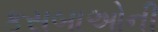
કસબાઓની